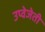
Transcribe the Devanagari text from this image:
उप्वेजेती